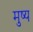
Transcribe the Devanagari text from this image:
मुष्य